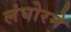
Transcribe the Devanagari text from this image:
लंघोरने